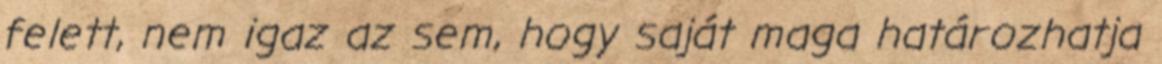
felett, nem igaz az sem, hogy saját maga határozhatja